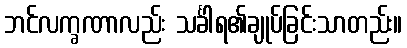
ဘင်လက္ခဏာလည်း သင်္ခါရ၏ချုပ်ခြင်းသာတည်း။